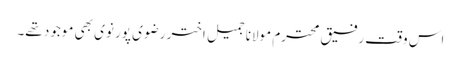
اس وقت رفیق محترم مولانا جمیل اختر رضوی پور نوی بھی موجود تھے۔